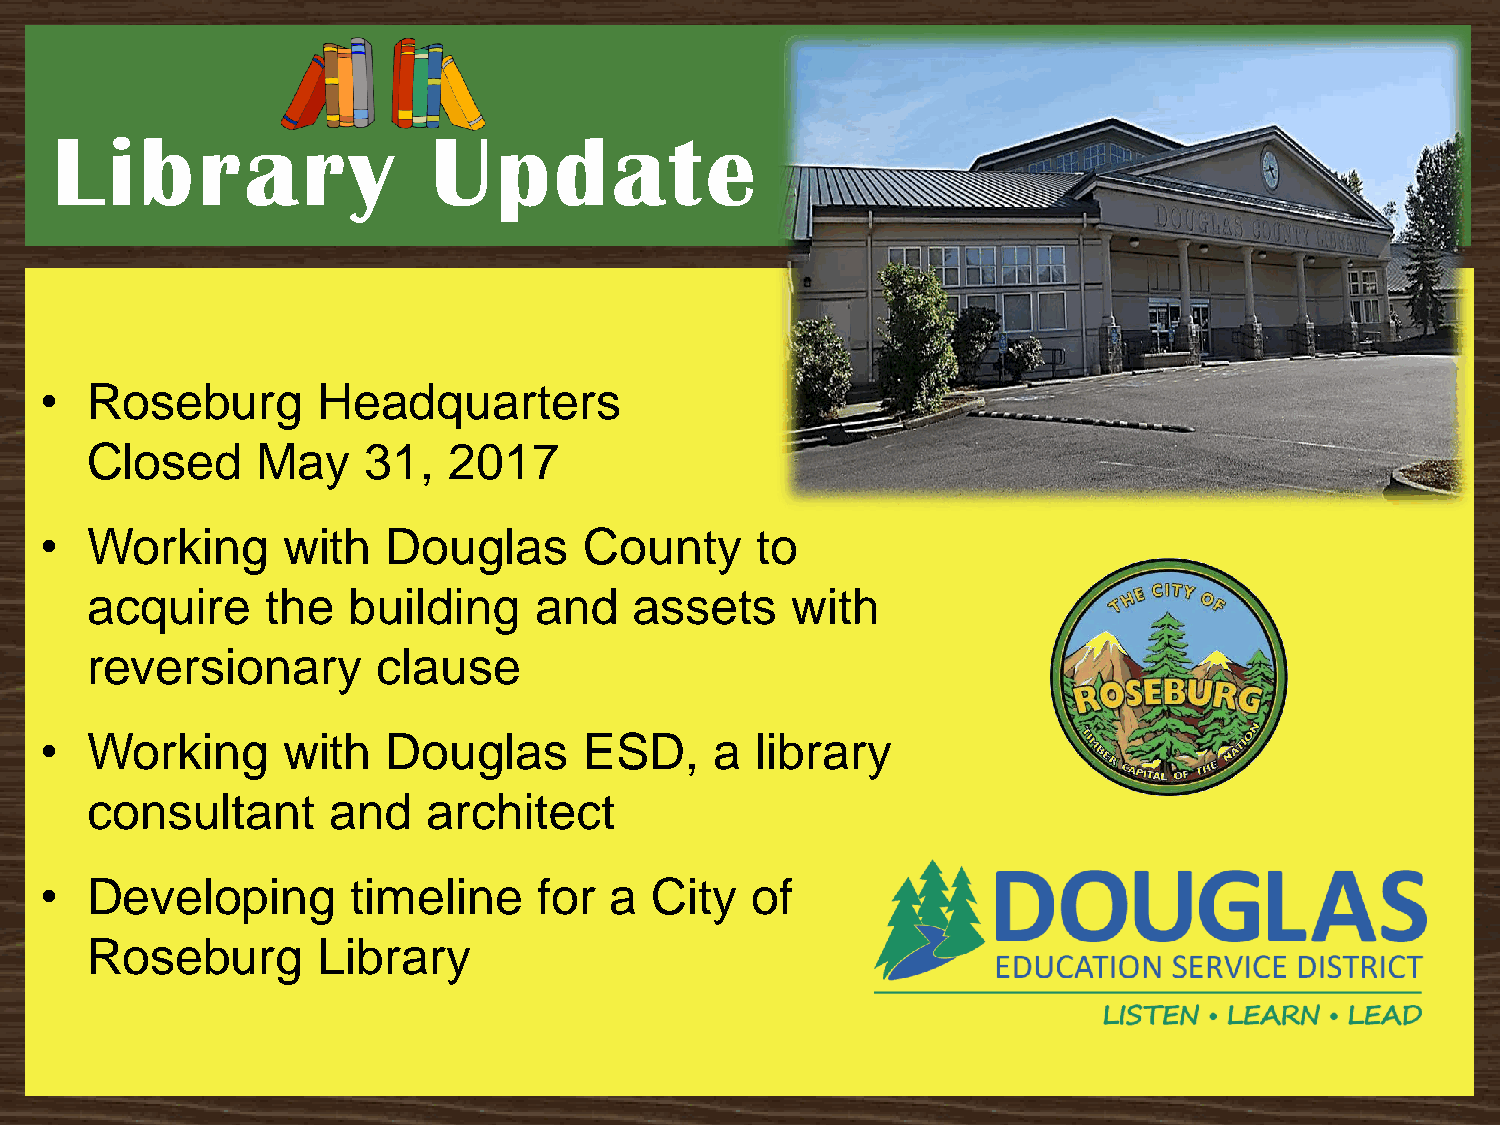
Library                   Update
 •  Roseburg       Headquarters
 Closed     May    31,   2017
 •  Working      with   Douglas      County     to
 acquire     the  building    and    assets    with
 reversionary       clause
 •  Working      with   Douglas      ESD,    a  library
 consultant      and   architect
 •  Developing       timeline     for a  City   of
 Roseburg       Library